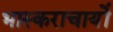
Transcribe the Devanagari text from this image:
भास्कराचार्यो